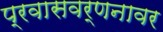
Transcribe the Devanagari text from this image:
प्रवासवर्णनावर